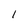
Character: l